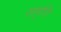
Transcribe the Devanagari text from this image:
समृत्ति